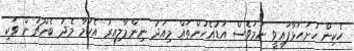
ހެކިން ހުށަހަޅާފައިވީ ނަމަވެސް އަޑުއެހުންތައް މިއަދު ނިންމާލިއިރު އެކަމާ މެދު ބެންޗުން ވަކި